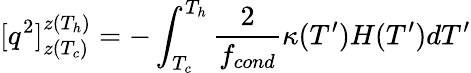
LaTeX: [q^{2}]_{z(T_{c})}^{z(T_{h})}=-\int_{T_{c}}^{T_{h}}\frac{2}{f_{cond}}\kappa(T^{\prime})H(T^{\prime})dT^{\prime}